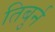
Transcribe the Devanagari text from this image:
तिबुर्न